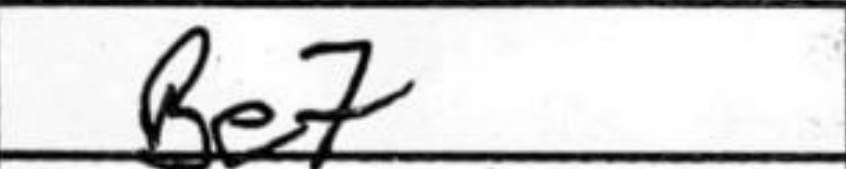
Transcription: Be7